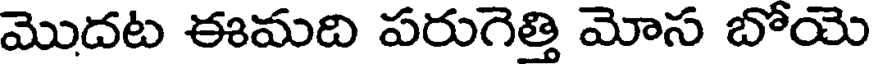
మొదట ఈమది పరుగెత్తి మోస బోయె